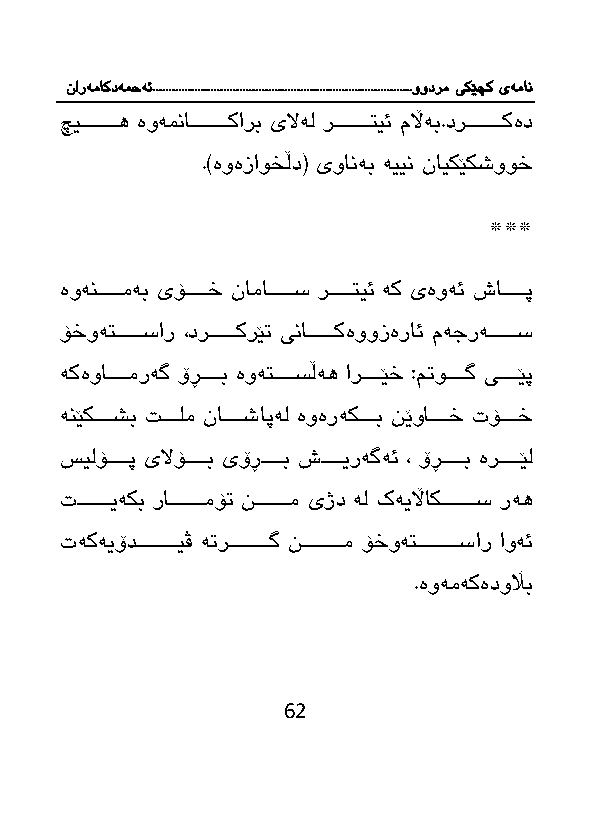
نارەماکدەمحە ئ.................................................................................وودرم یکێچک یەمان
 چیااااااااااه ەوەمناااااااااااكارب یلاەل رااااااااااتیئ مڵاەب.درااااااااااكەد
 .)ەوەزاوخڵد( یوانەب ەیین نایكێكشووخ
 ***
 ەوەنااااااامەب یۆاااااااخ نامااااااااس راااااااتیئ ەك یەوەئ شااااااااپ
 ۆخوەتااااااااسار ،درااااااااكرێ یناااااااااكەووزەرائ مەجرەااااااااس
 ەكەوااااااامرەگ ۆڕااااااب ەوەتااااااسڵەه ارااااااێخ :م وااااااگ یااااااێپ
 ەنێكاااااشب ااااالم نااااااشاپەل ەوەرەكاااااب نێوااااااخ تۆاااااخ
 سیلۆااااااپ یلاۆااااااب یۆڕااااااب شاااااایرەگەئ ، ۆڕااااااب ەرااااااێل
 ااااااااایەكب راااااااااامۆ نااااااااام یژد ەل كەیڵااكاااااااااس رەه
 تەكەیۆداااااااااااایڤ ە راااااااااااگ نااااااااااام ۆخوەتاااااااااااسار اوەئ
 .ەوەمەكەدوڵاب
 62